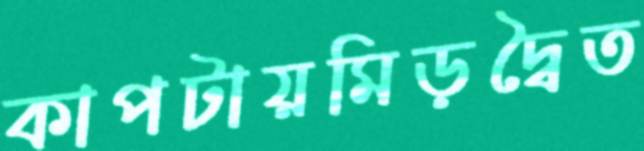
কাপটায়মিড়দ্বৈত